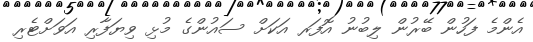
އެންމެ ފަހުން ބޭރުން ލިބުނު އޮފަރ އަކަށް ސައުންގެ މުޅި ވިޔަފާރި އަވަށްޓެރި